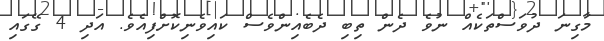
މާގިނަ ދުވަސްތަކެއް ނުވެ ދެން ތިބި ދެބެއިންވެސް ކައިވެނިކޮށްފިއެވެ. އަދި 4 ގޭގައި